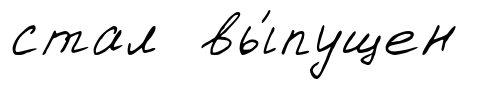
стал вы́пущен